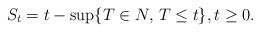
LaTeX: \begin{align*}S_{t}= t-\sup\{T\in N,\, T\leq t\}, t\geq 0.\end{align*}